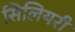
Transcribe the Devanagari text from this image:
सिलियरी